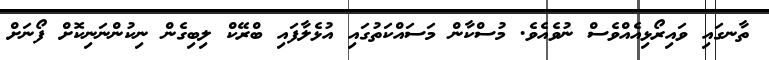
ތާނގައި ވައިރޯޅިއެއްވެސް ނުވެއެވެ. މުސްކާން މަސައްކަތުގައި އުޅެލާފައި ބްރޭކް ލިބިގެން ނިކުންނަނިކޮށް ފޯނަށް